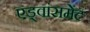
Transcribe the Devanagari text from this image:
एड्वांसमेंट